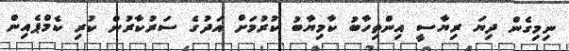
ނިމިގެން ދިޔަ ރިޔާސީ އިންތިހާބު ކާމިޔާބު ކުރުމަށް އަދުގެ ސަރުކާރުން ކުރި ކެމްޕެއިން